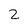
Character: 2